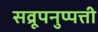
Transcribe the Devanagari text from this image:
सव्रूपनुप्पत्ती